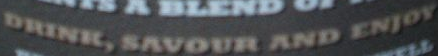
DRINK, SAVOUR AND ENJOY